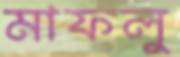
মাফলু